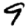
Digit: 9